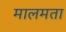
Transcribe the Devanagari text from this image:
मालमता